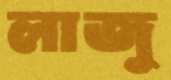
লাজু